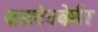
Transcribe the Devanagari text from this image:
कालेनबेर्गर